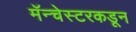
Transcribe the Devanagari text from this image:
मॅन्चेस्टरकडून